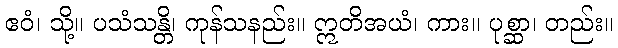
ဧဝံ၊ သို့။ ပသံသန္တိ၊ ကုန်သနည်း။ ဣတိအယံ၊ ကား။ ပုစ္ဆာ၊ တည်း။